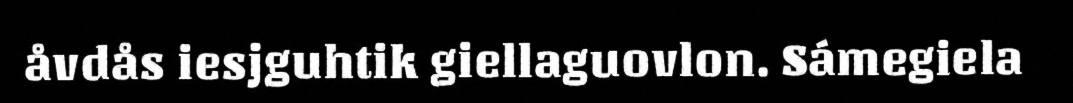
åvdås iesjguhtik giellaguovlon. Sámegiela